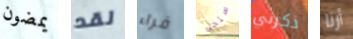
يمضون لقد فراء ستحل ذكرني أرنا